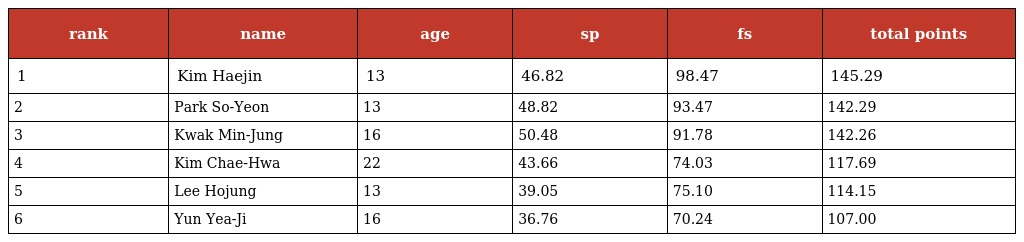
| rank | name | age | sp | fs | total points |
 | --- | --- | --- | --- | --- | --- |
 | 1 | Kim Haejin | 13 | 46.82 | 98.47 | 145.29 |
 | 2 | Park So-Yeon | 13 | 48.82 | 93.47 | 142.29 |
 | 3 | Kwak Min-Jung | 16 | 50.48 | 91.78 | 142.26 |
 | 4 | Kim Chae-Hwa | 22 | 43.66 | 74.03 | 117.69 |
 | 5 | Lee Hojung | 13 | 39.05 | 75.10 | 114.15 |
 | 6 | Yun Yea-Ji | 16 | 36.76 | 70.24 | 107.00 |